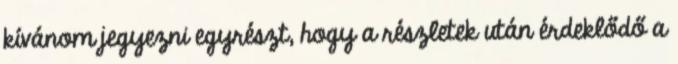
kívánom jegyezni egyrészt, hogy a részletek után érdeklődő a